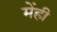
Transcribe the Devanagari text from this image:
मेंही